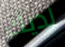
لديك